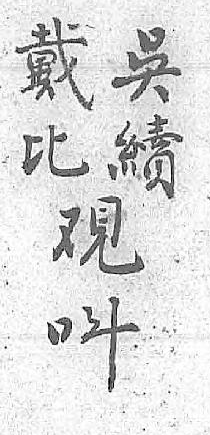
戴吳覌呌比續